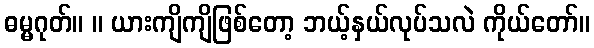
ဓမ္မဂုတ်။ ။ ယားကျိကျိဖြစ်တော့ ဘယ့်နှယ်လုပ်သလဲ ကိုယ်တော်။